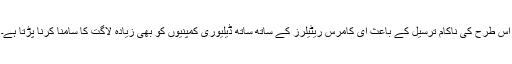
اس طرح کی ناکام ترسیل کے باعث ای کامرس ریٹیلرز کے ساتھ ساتھ ڈیلیوری کمپنیوں کو بھی زیادہ لاگت کا سامنا کرنا پڑتا ہے۔